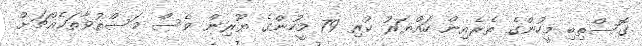
ގޮސްތިބި މީހުންގެ ތެރެއިން ހައްޔަރު ކުރި 79 މީހުންގެ ޔޫރިން ވެސް މަސްތުވާތަކެއްޗަށް